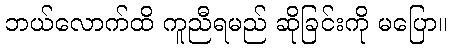
ဘယ်လောက်ထိ ကူညီရမည် ဆိုခြင်းကို မပြော။